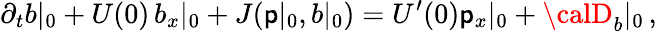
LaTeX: \partial_{t}b|_{0}+U(0)\, b_{x}|_{0}+J(\mathsf{p}|_{0},b|_{0})=U^{\prime}(0)\mathsf{p}_{x}|_{0}+{\calD}_{b}|_{0}\, ,